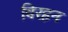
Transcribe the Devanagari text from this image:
विरहन